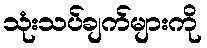
သုံးသပ်ချက်များကို